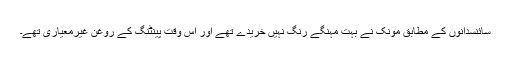
سائنسدانوں کے مطابق مونک نے بہت مہنگے رنگ نہیں خریدے تھے اور اس وقت پینٹنگ کے روغن غیرمعیاری تھے۔